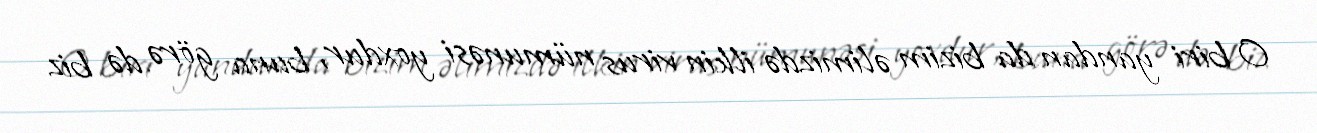
O biri yandan da bizim əlimizdə ilkin virus nümunəsi yoxdur, buna görə də biz